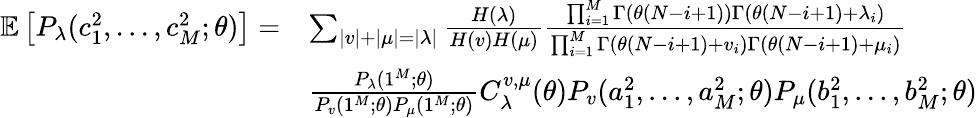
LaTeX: \begin{array}{rl}{\mathbb{E}\left[P_{\lambda}(c_{1}^{2},...,c_{M}^{2};\theta)\right]=}&{\sum_{|v|+|\mu|=|\lambda|}\frac{H(\lambda)}{H(v)H(\mu)}\frac{\prod_{i=1}^{M}\Gamma(\theta(N-i+1))\Gamma(\theta(N-i+1)+\lambda_{i})}{\prod_{i=1}^{M}\Gamma(\theta(N-i+1)+v_{i})\Gamma(\theta(N-i+1)+\mu_{i})}}\\ &{\frac{P_{\lambda}(1^{M};\theta)}{P_{v}(1^{M};\theta)P_{\mu}(1^{M};\theta)}C_{\lambda}^{v,\mu}(\theta)P_{v}(a_{1}^{2},...,a_{M}^{2};\theta)P_{\mu}(b_{1}^{2},...,b_{M}^{2};\theta)}\end{array}